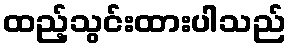
ထည့်သွင်းထားပါသည်